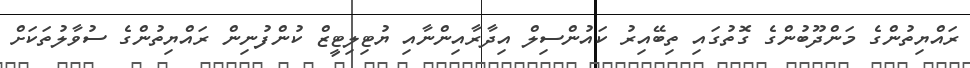
ރައްޔިތުންގެ މަންދޫބުންގެ ގޮތުގައި ތިބޭއިރު ކައުންސިލް އިދާރާއިންނާއި ޔުޓިލިޓީޒް ކުންފުނިން ރައްޔިތުންގެ ސުވާލުތަކަށް